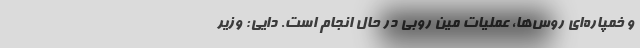
و خمپاره‌ای روس‌ها، عملیات مین روبی در حال انجام است. دایی: وزیر